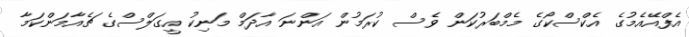
އެފްއޭއެމުގެ އެކްސްކޯގެ މެމްބަރުކަން ވެސް ކުރަމުން އަންނަ އާދަމް މަނިކު އީގަލްސްގެ ޗެއާމަންކަމާ